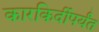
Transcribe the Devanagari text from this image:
कारकिर्दीपर्यंत